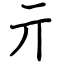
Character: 亓